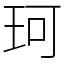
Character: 珂